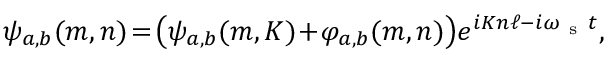
\psi _ { a , b } ( m , n ) \! = \! \bigl ( \psi _ { a , b } ( m , K ) \! + \! \varphi _ { a , b } ( m , n ) \bigr ) e ^ { i K n \ell - i \omega _ { \mathrm { ~ s ~ } } t } ,